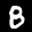
Label: 8